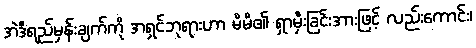
အဲဒီရည်မှန်းချက်ကို အရှင်ဘုရားဟာ မိမိ၏ ရှာမှီးခြင်းအားဖြင့် လည်းကောင်း၊